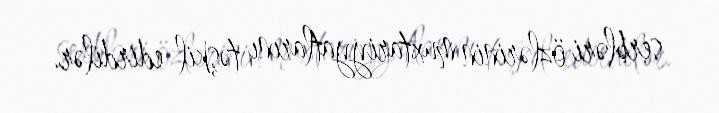
serbləri özlərinin muxtariyyatlarını təşkil edirdilər.